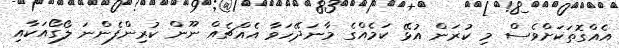
އެއްގޮތަކަށްވެސް މި ކުރަން އުޅޭ ކަމެއްގެ މާނަދޭހަވާ އެއްޗެއް ނޫން ކުރިންފެންނަ ލޯގޯއަކާއި